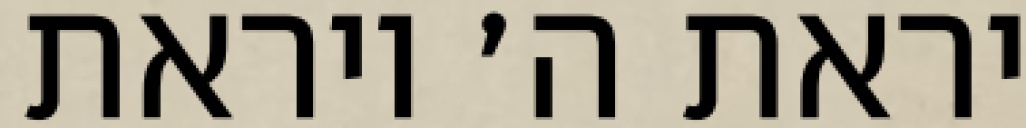
יראת ה׳ ויראת